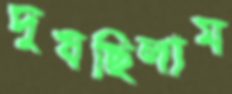
দুষছিলাম